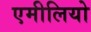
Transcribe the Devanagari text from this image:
एमीलियो